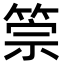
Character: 𥮵